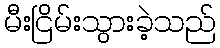
မီးငြိမ်းသွားခဲ့သည်